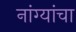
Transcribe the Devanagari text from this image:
नांग्यांचा